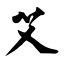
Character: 艾